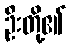
ဦးတို့၏